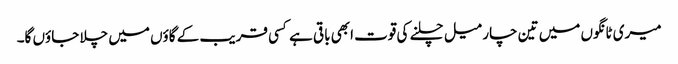
میری ٹانگوں میں تین چار میل چلنے کی قوت ابھی باقی ہے کسی قریب کے گاؤں میں چلا جاؤں گا۔